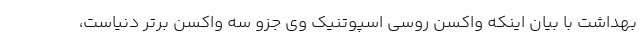
بهداشت با بیان اینکه واکسن روسی اسپوتنیک وی جزو سه واکسن برتر دنیاست،